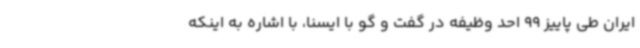
ایران طی پاییز 99 احد وظیفه در گفت و گو با ایسنا، با اشاره به اینکه